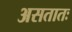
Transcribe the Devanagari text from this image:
असतातः